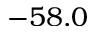
- 5 8 . 0